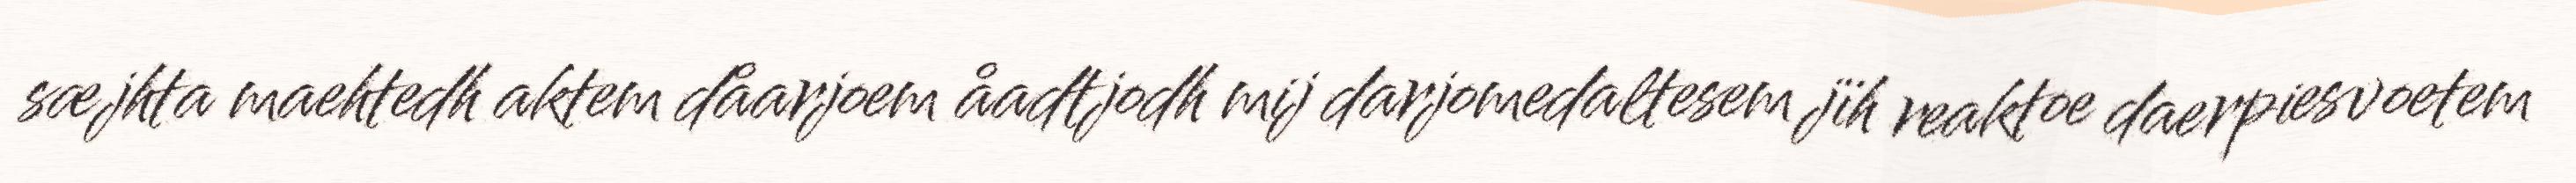
sæjhta maehtedh aktem dåarjoem åadtjodh mij darjomedaltesem jïh reaktoe daerpiesvoetem